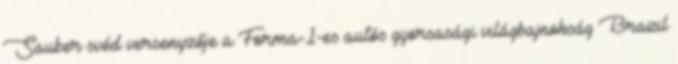
Sauber svéd versenyzője a Forma-1-es autós gyorsasági világbajnokság Brazil